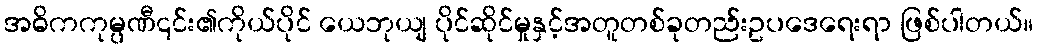
အဓိကကုမ္ပဏီ၎င်း၏ကိုယ်ပိုင် ယေဘုယျ ပိုင်ဆိုင်မှုနှင့်အတူတစ်ခုတည်းဥပဒေရေးရာ ဖြစ်ပါတယ်။